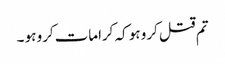
تم قتل کرو ہو کہ کرامات کرو ہو ۔